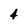
Character: 4